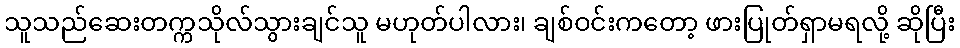
သူသည်ဆေးတက္ကသိုလ်သွားချင်သူ မဟုတ်ပါလား၊ ချစ်ဝင်းကတော့ ဖားပြုတ်ရှာမရလို့ ဆိုပြီး